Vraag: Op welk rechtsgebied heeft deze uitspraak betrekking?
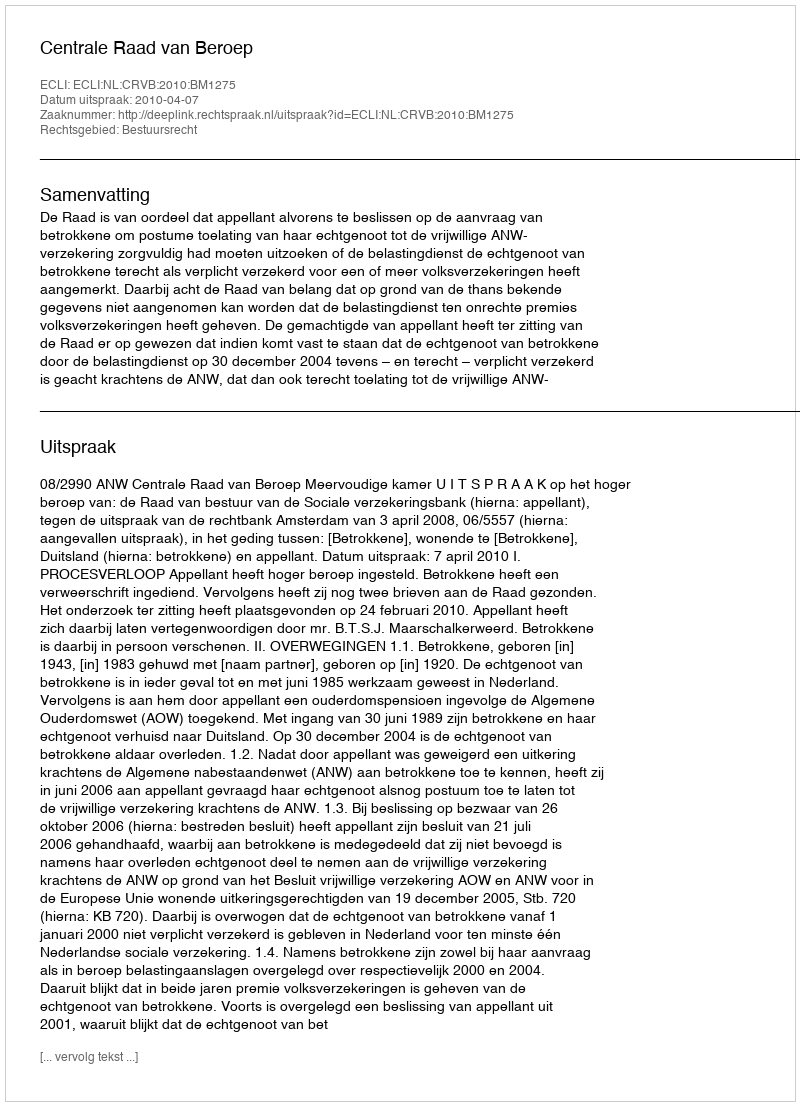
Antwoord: Bestuursrecht